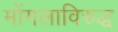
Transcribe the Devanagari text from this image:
मोंगलाविरुद्ध